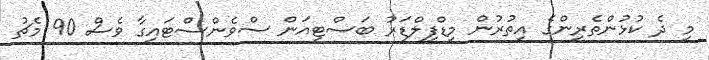
މި ދެ ކުޅުންތެރިންގެ އިތުރުން މިޑްފީލްޑަރު ބަސްޓިއަން ސްވެންސްޓައިގާ ވެސް 90 މެޗު